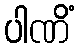
ပါဏိံ